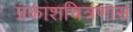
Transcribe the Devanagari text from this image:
प्रकाशचित्रणास